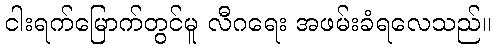
ငါးရက်မြောက်တွင်မူ လီဂရေး အဖမ်းခံရလေသည်။